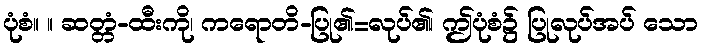
ပုံစံ။ ။ ဆတ္တံ-ထီးကို၊ ကရောတိ-ပြု၏=လုပ်၏၊ ဤပုံစံ၌ ပြုလုပ်အပ် သော